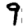
Digit: 9